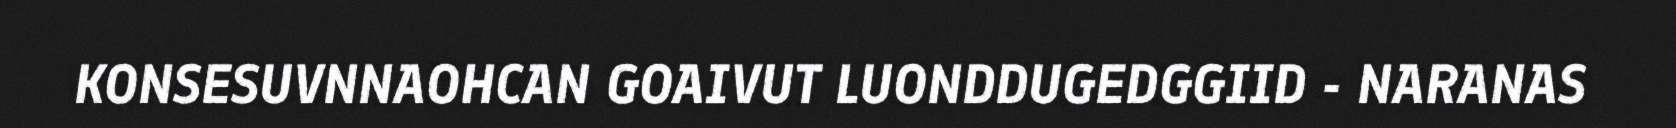
KONSESUVNNAOHCAN GOAIVUT LUONDDUGEDGGIID - NARANAS